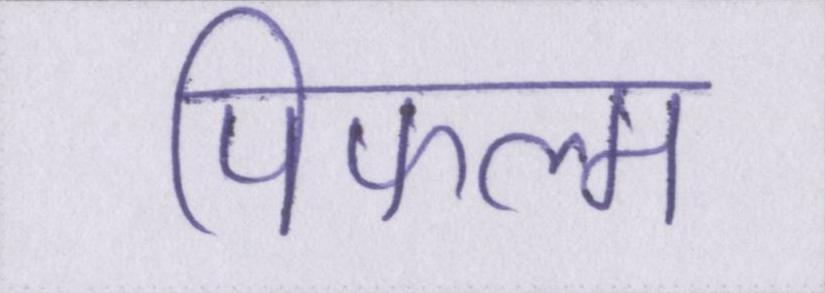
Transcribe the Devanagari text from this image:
पिफल्म